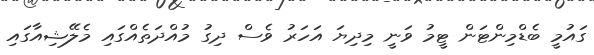
ގައުމީ ބެޑްމިންޓަން ޓީމު ވަނީ މިދިޔަ އަހަރު ވެސް ދިގު މުއްދަތެއްގައި މެލޭޝިއާގައި